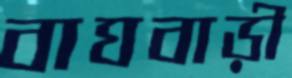
বাঘবাড়ী